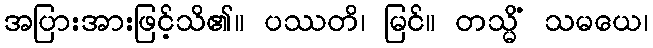
အပြားအားဖြင့်သိ၏။ ပဿတိ၊ မြင်။ တသ္မိံ သမယေ၊